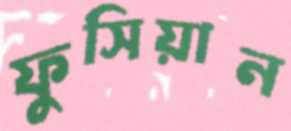
ফুসিয়ান